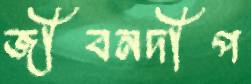
জীবনদীপ